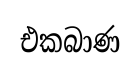
එකබාණ